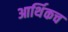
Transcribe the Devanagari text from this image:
आर्थिकच